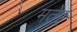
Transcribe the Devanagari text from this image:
मतेइ